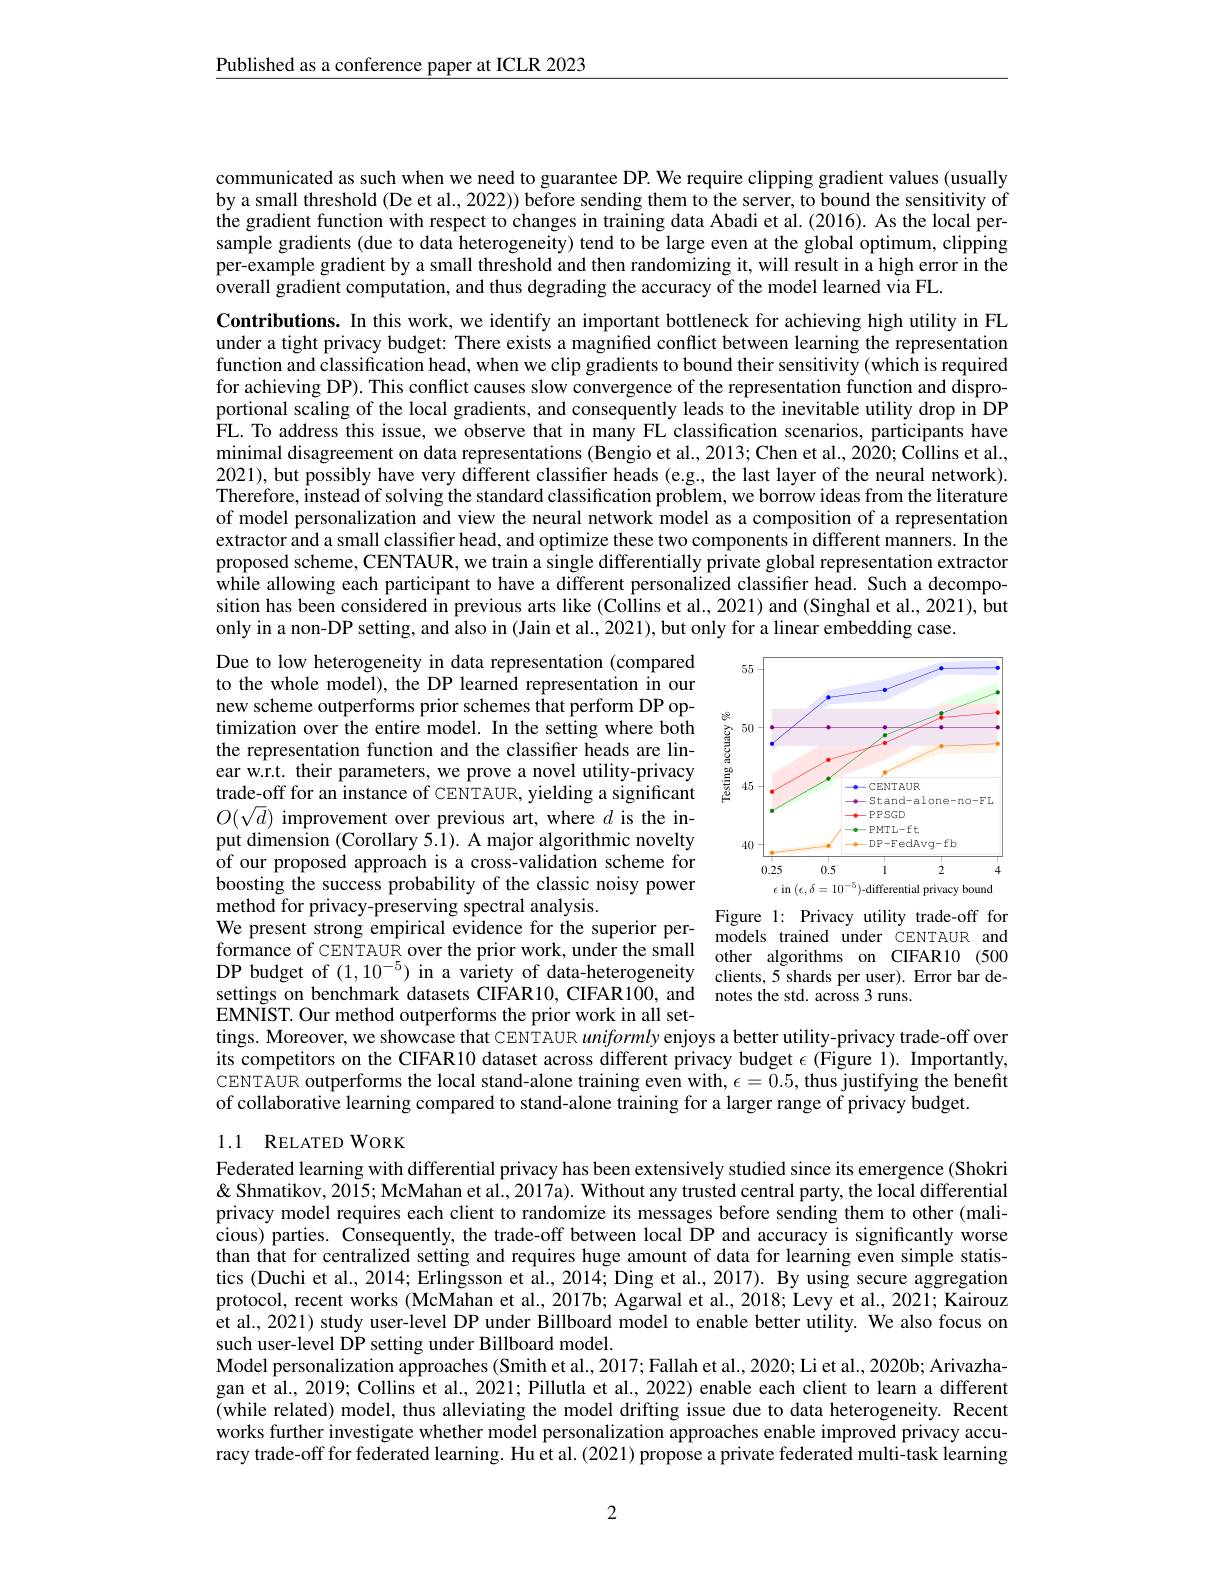
Published as a conference paper at ICLR 2023

communicated as such when we need to guarantee DP. We require clipping gradient values (usually by a small threshold (De et al., 2022)) before sending them to the server, to bound the sensitivity of the gradient function with respect to changes in training data Abadi et al.(2016). As the local persample gradients (due to data heterogeneity) tend to be large even at the global optimum, clipping per-example gradient by a small threshold and then randomizing it, will result in a high error in the overall gradient computation, and thus degrading the accuracy of the model learned via FL.

Contributions. In this work, we identify an important bottleneck for achieving high utility in FL under a tight privacy budget: There exists a magnified conflict between learning the representation function and classification head, when we clip gradients to bound their sensitivity (which is required for achieving DP). This conflict causes slow convergence of the representation function and disproportional scaling of the local gradients, and consequently leads to the inevitable utility drop in DP $\hat{\mathrm{FL.~To~address~this~issue,~we~observe~that~in~many~FL~classification~scenarios,~participants~have}}$ minimal disagreement on data representations (Bengio et al., 2013; Chen et al., 2020; Collins et al., 2021), but possibly have very different classifier heads (e.g., the last layer of the neural network). Therefore, instead of solving the standard classification problem, we borrow ideas from the literature of model personalization and view the neural network model as a composition of a representation extractor and a small classifier head, and optimize these two components in different manners. In the proposed scheme, CENTAUR, we train a single differentially private global representation extractor while allowing each participant to have a different personalized classifier head. Such a decomposition has been considered in previous arts like (Collins et al., 2021) and (Singhal et al., 2021), but only in a non-DP setting, and also in (Jain et al., 2021), but only for a linear embedding case.

<FigureHere>

Due to low heterogeneity in data representation (compared to the whole model), the DP learned representation in our new scheme outperforms prior schemes that perform DP optimization over the entire model. In the setting where both the representation function and the classiffer heads are linear w.r.t. their parameters, we prove a novel utility-privacy trade-off for an instance of CENTAUR, yielding a significant $O(\sqrt{d})$ improvement over previous art, where $d$ is the input dimension (Corollary 5.1). A major algorithmic novelty of our proposed approach is a cross-validation scheme for boosting the success probability of the classic noisy power method for privacy-preserving spectral analysis.
We present strong empirical evidence for the superior per- $\begin{array}{lllllllll}\mathrm{Figure~1:~Privacy~utility~trade-off~for}\\\mathrm{formance~of~CENTAIB~over~the~prior~work~under~the~small}\end{array}$ formance of CENTAUR over the prior work, under the small other algorithms on CIFAR10 (500 DP budget of $(1,10^{-5})$ in a variety of data-heterogeneity clients,5 shards per user). Error bar desettings on benchmark datasets CIFAR10, CIFAR100, and notes the std. across 3 runs.
EMNIST.Our method outperforms the prior work in all set-
tings. Moreover, we showcase that CENTAUR uniformly enjoys a better utility-privacy trade-off over its competitors on the CIFAR10 dataset across different privacy budget $\epsilon$ (Figure 1). Importantly, CENTAUR outperforms the local stand-alone training even with, $\epsilon=0.5$, thus justifying the benefit of collaborative learning compared to stand-alone training for a larger range of privacy budget.

## 1.1 RELATED WORK

Federated learning with differential privacy has been extensively studied since its emergence (Shokri & Shmatikov, 2015; McMahan et al., 2017a). Without any trusted central party, the local differential privacy model requires each client to randomize its messages before sending them to other (malicious) parties. Consequently, the trade-off between local DP and accuracy is significantly worse than that for centralized setting and requires huge amount of data for learning even simple statistics (Duchi et al., 2014; Erlingsson et al., 2014; Ding et al., 2017). By using secure aggregation protocol, recent works (McMahan et al., 2017b; Agarwal et al., 2018; Levy et al., 2021; Kairouz et al., 2021) study user-level DP under Billboard model to enable better utility. We also focus on such user-level DP setting under Billboard model.
Model personalization approaches (Smith et al., 2017; Fallah et al., 2020; Li et al., 2020b; Arivazhagan et al., 2019; Collins et al., 2021; Pillutla et al., 2022) enable each client to learn a different (while related) model, thus alleviating the model drifting issue due to data heterogeneity. Recent works further investigate whether model personalization approaches enable improved privacy accuracy trade-off for federated learning. Hu et al.(2021) propose a private federated multi-task learning

2